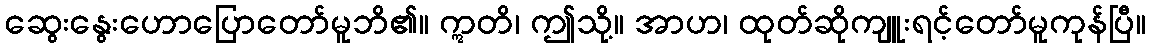
ဆွေးနွေးဟောပြောတော်မူဘိ၏။ ဣတိ၊ ဤသို့။ အာဟ၊ ထုတ်ဆိုကျူးရင့်တော်မူကုန်ပြီ။